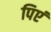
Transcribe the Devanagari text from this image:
पिएं